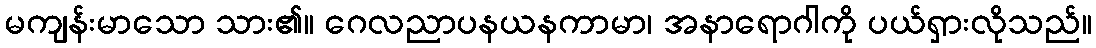
မကျန်းမာသော သား၏။ ဂေလညာပနယနကာမာ၊ အနာရောဂါကို ပယ်ရှားလိုသည်။